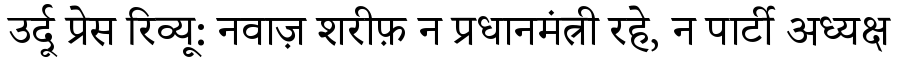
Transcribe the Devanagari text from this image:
उर्दू प्रेस रिव्यू: नवाज़ शरीफ़ न प्रधानमंत्री रहे, न पार्टी अध्यक्ष